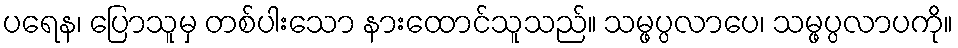
ပရေန၊ ပြောသူမှ တစ်ပါးသော နားထောင်သူသည်။ သမ္ဖပ္ပလာပေ၊ သမ္ဖပ္ပလာပကို။